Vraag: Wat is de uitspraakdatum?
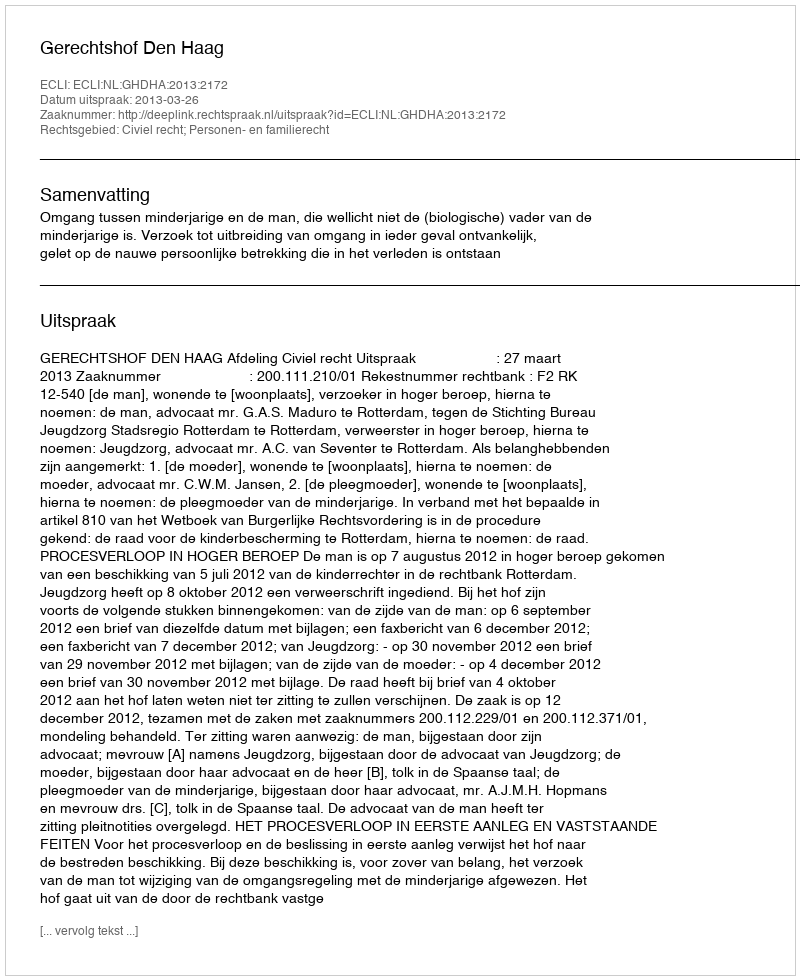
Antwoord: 2013-03-26